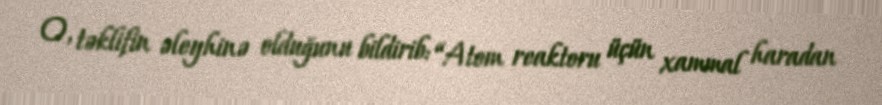
O, təklifin əleyhinə olduğunu bildirib: “Atom reaktoru üçün xammal haradan